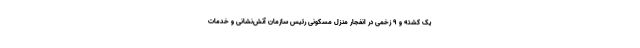
یک کشته و ۹ زخمی در انفجار منزل مسکونی رئیس سازمان آتش‌نشانی و خدمات